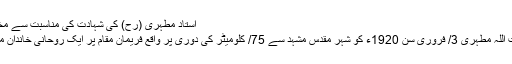
استاد مطہری (رح) کی شہادت کی مناسبت سے مختصر تعارف
استاد شہید آیت اللہ مطہری 3/ فروری سن 1920ء کو شہر مقدس مشہد سے 75/ کلومیٹر کی دوری پر واقع فریمان مقام پر ایک روحانی خاندان میں پیدا ہوئے۔